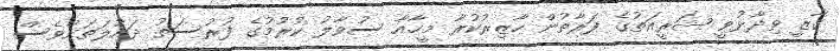
ގާޒީ ވިދާޅުވީ ޝަރީއަތުގެ ފަރާތުން ހާޒިރުކުރާ މީހާއާ ސުވާލު ކުރުމުގެ ފުރުސަތު ދައުލަތަށްވެސް